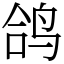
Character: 鸽